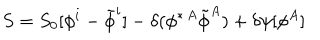
S = S _ { 0 } [ \phi ^ { i } - \tilde { \phi } ^ { i } ] - \delta ( \phi ^ { \ast \, A } \tilde { \phi } ^ { A } ) + \delta \psi [ \phi ^ { A } ]